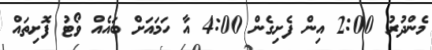
މެންދުރު 2:00 އިން ފެށިގެން 4:00 އާ ހަމައަށް ބައެއް ވޯޓު ފޮށިތައް